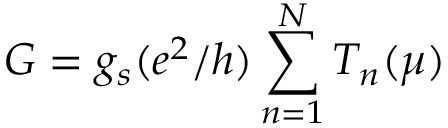
G = g _ { s } ( e ^ { 2 } / h ) \sum _ { n = 1 } ^ { N } T _ { n } ( \mu )